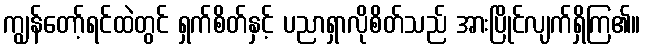
ကျွန်တော့်ရင်ထဲတွင် ရှက်စိတ်နှင့် ပညာရှာလိုစိတ်သည် အားပြိုင်လျက်ရှိကြ၏။